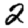
Digit: 2